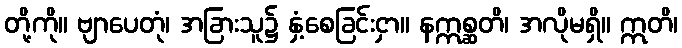
တို့ကို။ ဗျာပေတုံ၊ အခြားသူ၌ နှံ့စေခြင်းငှာ။ နဣစ္ဆတိ၊ အလိုမရှိ။ ဣတိ၊